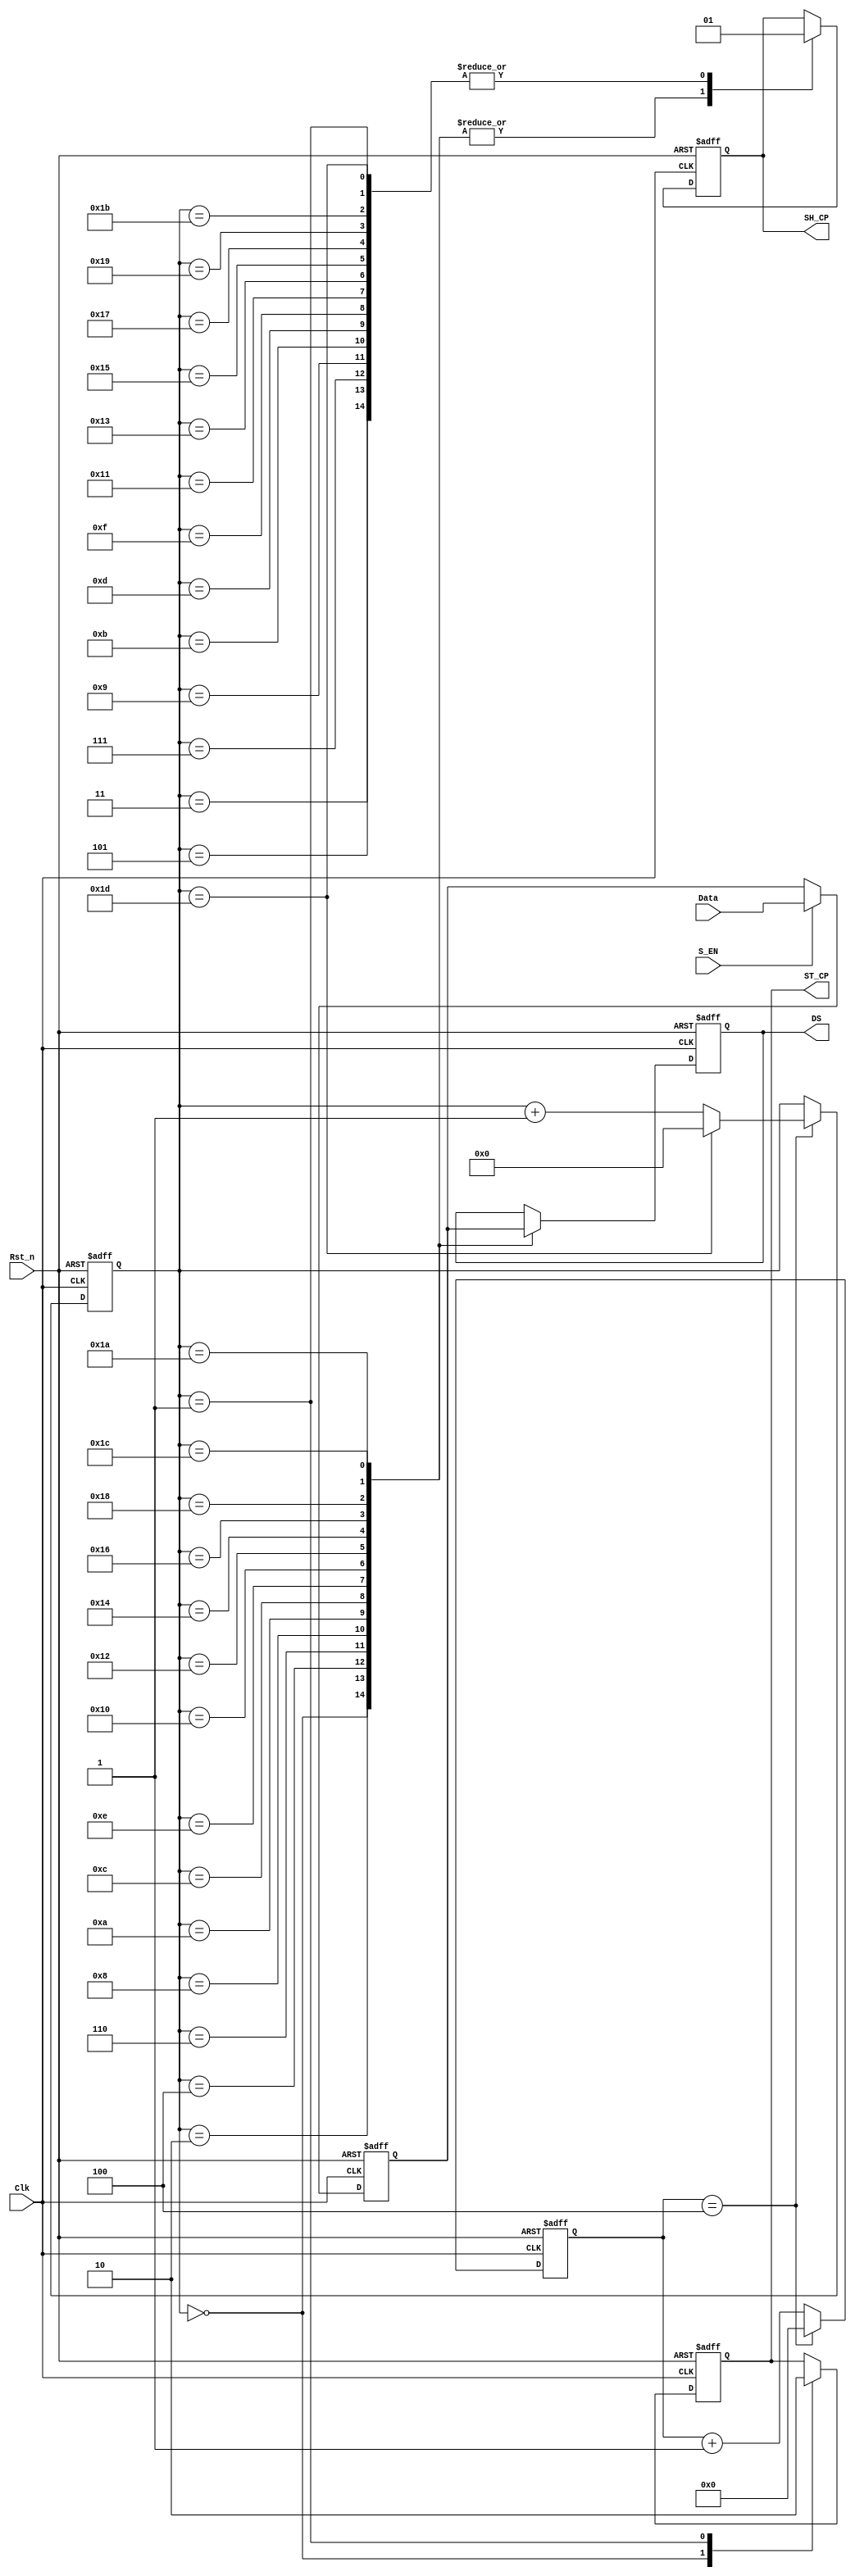
module HC595_Driver(
		Clk,
		Rst_n,
		Data,
		S_EN,
		SH_CP,
		ST_CP,
		DS
	);

	parameter DATA_WIDTH = 15;

	input Clk;
	input Rst_n;
	input [DATA_WIDTH-1 : 0] Data;	//data to send
	input S_EN;	//send en
	output reg SH_CP;	//shift clock
	output reg ST_CP;	//latch data clock
	output reg DS;	//shift serial data
	
	parameter CNT_MAX = 4;
	
	
	reg [14:0] divider_cnt;//
	wire sck_pluse;
	
	reg [4:0]SHCP_EDGE_CNT;//SH_CP EDGE counter
	
	reg [14:0]r_data;
	
	always@(posedge Clk or negedge Rst_n)
	if(!Rst_n)
		r_data <= 15'd0;
	else if(S_EN)
		r_data <= Data;
	else
		r_data <= r_data;
		
	//clock divide
	always@(posedge Clk or negedge Rst_n)
	if(!Rst_n)
		divider_cnt <= 15'd0;
	else if(divider_cnt == CNT_MAX)
		divider_cnt <= 15'd0;
	else
		divider_cnt <= divider_cnt + 1'b1;
		
	assign sck_pluse = (divider_cnt == CNT_MAX);
	
	always@(posedge Clk or negedge Rst_n)
	if(!Rst_n)
		SHCP_EDGE_CNT <= 5'd0;
	else if(sck_pluse)begin
		if(SHCP_EDGE_CNT ==  5'd29)
			SHCP_EDGE_CNT <= 5'd0;
		else
			SHCP_EDGE_CNT <= SHCP_EDGE_CNT + 1'd1;
	end
	else
		SHCP_EDGE_CNT <= SHCP_EDGE_CNT;
		
	always@(posedge Clk or negedge Rst_n)
	if(!Rst_n)begin
		SH_CP <= 1'b0;
		ST_CP <= 1'b0;
		DS <= 1'b0;	
	end
	else begin
		case(SHCP_EDGE_CNT)
			5'd0:begin SH_CP <= 1'b0; ST_CP <= 1'b1; DS <= r_data[14]; end
			5'd1:begin SH_CP <= 1'b1; ST_CP <= 1'b0;end
			5'd2:begin SH_CP <= 1'b0; DS <= r_data[13];end
			5'd3:begin SH_CP <= 1'b1; end
			5'd4:begin SH_CP <= 1'b0; DS <= r_data[12];end
			5'd5:begin SH_CP <= 1'b1; end
			5'd6:begin SH_CP <= 1'b0; DS <= r_data[11];end
			5'd7:begin SH_CP <= 1'b1; end
			5'd8:begin SH_CP <= 1'b0; DS <= r_data[10];end
			5'd9:begin SH_CP <= 1'b1; end
			5'd10:begin SH_CP <= 1'b0; DS <= r_data[9];end
			5'd11:begin SH_CP <= 1'b1; end
			5'd12:begin SH_CP <= 1'b0; DS <= r_data[8];end
			5'd13:begin SH_CP <= 1'b1; end
			5'd14:begin SH_CP <= 1'b0; DS <= r_data[7];end
			5'd15:begin SH_CP <= 1'b1; end
			5'd16:begin SH_CP <= 1'b0; DS <= r_data[6];end
			5'd17:begin SH_CP <= 1'b1; end
			5'd18:begin SH_CP <= 1'b0; DS <= r_data[5];end
			5'd19:begin SH_CP <= 1'b1; end
			5'd20:begin SH_CP <= 1'b0; DS <= r_data[4];end
			5'd21:begin SH_CP <= 1'b1; end
			5'd22:begin SH_CP <= 1'b0; DS <= r_data[3];end
			5'd23:begin SH_CP <= 1'b1; end
			5'd24:begin SH_CP <= 1'b0; DS <= r_data[2];end
			5'd25:begin SH_CP <= 1'b1; end
			5'd26:begin SH_CP <= 1'b0; DS <= r_data[1];end
			5'd27:begin SH_CP <= 1'b1; end
			5'd28:begin SH_CP <= 1'b0; DS <= r_data[0];end
			5'd29:begin SH_CP <= 1'b1; end
		endcase	
	end

endmodule